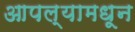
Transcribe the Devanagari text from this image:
आपल्यामधून